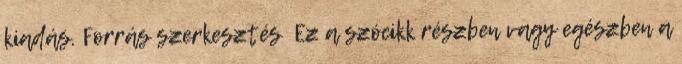
kiadás. Forrás szerkesztés Ez a szócikk részben vagy egészben a